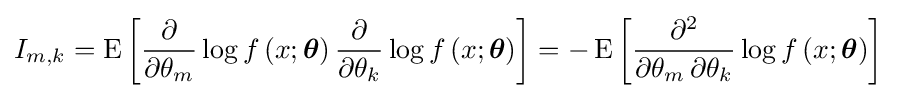
I_{m,k}=\operatorname {E} \left[{\frac {\partial }{\partial \theta _{m}}}\log f\left(x;{\boldsymbol {\theta }}\right){\frac {\partial }{\partial \theta _{k}}}\log f\left(x;{\boldsymbol {\theta }}\right)\right]=-\operatorname {E} \left[{\frac {\partial ^{2}}{\partial \theta _{m}\,\partial \theta _{k}}}\log f\left(x;{\boldsymbol {\theta }}\right)\right]